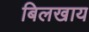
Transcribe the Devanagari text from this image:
बिलखाय